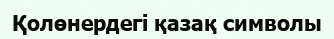
Қолөнердегі қазақ символы